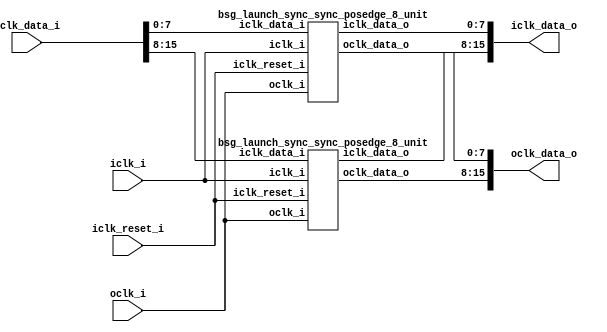
// This program was cloned from: https://github.com/chipsalliance/synlig
// License: Apache License 2.0

/* Generated by Yosys 0.27+9 (git sha1 101d19bb6, gcc 11.2.0-7ubuntu2 -fPIC -Os) */

(* top =  1  *)

module bsg_launch_sync_sync(iclk_i, iclk_reset_i, oclk_i, iclk_data_i, iclk_data_o, oclk_data_o);
  
  input [15:0] iclk_data_i;
  wire [15:0] iclk_data_i;
  
  output [15:0] iclk_data_o;
  wire [15:0] iclk_data_o;
  
  input iclk_i;
  wire iclk_i;
  
  input iclk_reset_i;
  wire iclk_reset_i;
  
  output [15:0] oclk_data_o;
  wire [15:0] oclk_data_o;
  
  input oclk_i;
  wire oclk_i;
  (* module_not_derived = 32'd1 *)
  
  bsg_launch_sync_sync_posedge_8_unit \sync.p.maxb[0].blss  (
    .iclk_data_i(iclk_data_i[7:0]),
    .iclk_data_o(iclk_data_o[7:0]),
    .iclk_i(iclk_i),
    .iclk_reset_i(iclk_reset_i),
    .oclk_data_o(oclk_data_o[7:0]),
    .oclk_i(oclk_i)
  );
  (* module_not_derived = 32'd1 *)
  
  bsg_launch_sync_sync_posedge_8_unit \sync.p.maxb[1].blss  (
    .iclk_data_i(iclk_data_i[15:8]),
    .iclk_data_o(iclk_data_o[15:8]),
    .iclk_i(iclk_i),
    .iclk_reset_i(iclk_reset_i),
    .oclk_data_o(oclk_data_o[15:8]),
    .oclk_i(oclk_i)
  );
endmodule


module bsg_launch_sync_sync_posedge_8_unit(iclk_i, iclk_reset_i, oclk_i, iclk_data_i, iclk_data_o, oclk_data_o);
  
  reg [7:0] bsg_SYNC_1_r;
  
  reg [7:0] bsg_SYNC_2_r;
  
  reg [7:0] bsg_SYNC_LNCH_r;
  
  input [7:0] iclk_data_i;
  wire [7:0] iclk_data_i;
  
  output [7:0] iclk_data_o;
  wire [7:0] iclk_data_o;
  
  input iclk_i;
  wire iclk_i;
  
  input iclk_reset_i;
  wire iclk_reset_i;
  
  output [7:0] oclk_data_o;
  wire [7:0] oclk_data_o;
  
  input oclk_i;
  wire oclk_i;
  (* \always_ff  = 32'd1 *)
  
  always @(posedge oclk_i)
    bsg_SYNC_2_r[4] <= bsg_SYNC_1_r[4];
  (* \always_ff  = 32'd1 *)
  
  always @(posedge oclk_i)
    bsg_SYNC_2_r[5] <= bsg_SYNC_1_r[5];
  (* \always_ff  = 32'd1 *)
  
  always @(posedge oclk_i)
    bsg_SYNC_2_r[6] <= bsg_SYNC_1_r[6];
  (* \always_ff  = 32'd1 *)
  
  always @(posedge oclk_i)
    bsg_SYNC_2_r[7] <= bsg_SYNC_1_r[7];
  (* \always_ff  = 32'd1 *)
  
  always @(posedge oclk_i)
    bsg_SYNC_1_r[0] <= bsg_SYNC_LNCH_r[0];
  (* \always_ff  = 32'd1 *)
  
  always @(posedge oclk_i)
    bsg_SYNC_1_r[1] <= bsg_SYNC_LNCH_r[1];
  (* \always_ff  = 32'd1 *)
  
  always @(posedge oclk_i)
    bsg_SYNC_1_r[2] <= bsg_SYNC_LNCH_r[2];
  (* \always_ff  = 32'd1 *)
  
  always @(posedge oclk_i)
    bsg_SYNC_1_r[3] <= bsg_SYNC_LNCH_r[3];
  (* \always_ff  = 32'd1 *)
  
  always @(posedge oclk_i)
    bsg_SYNC_1_r[4] <= bsg_SYNC_LNCH_r[4];
  (* \always_ff  = 32'd1 *)
  
  always @(posedge oclk_i)
    bsg_SYNC_1_r[5] <= bsg_SYNC_LNCH_r[5];
  (* \always_ff  = 32'd1 *)
  
  always @(posedge oclk_i)
    bsg_SYNC_1_r[6] <= bsg_SYNC_LNCH_r[6];
  (* \always_ff  = 32'd1 *)
  
  always @(posedge oclk_i)
    bsg_SYNC_1_r[7] <= bsg_SYNC_LNCH_r[7];
  (* \always_ff  = 32'd1 *)
  
  always @(posedge iclk_i)
    if (iclk_reset_i) bsg_SYNC_LNCH_r[0] <= 1'h0;
    else bsg_SYNC_LNCH_r[0] <= iclk_data_i[0];
  (* \always_ff  = 32'd1 *)
  
  always @(posedge iclk_i)
    if (iclk_reset_i) bsg_SYNC_LNCH_r[1] <= 1'h0;
    else bsg_SYNC_LNCH_r[1] <= iclk_data_i[1];
  (* \always_ff  = 32'd1 *)
  
  always @(posedge iclk_i)
    if (iclk_reset_i) bsg_SYNC_LNCH_r[2] <= 1'h0;
    else bsg_SYNC_LNCH_r[2] <= iclk_data_i[2];
  (* \always_ff  = 32'd1 *)
  
  always @(posedge iclk_i)
    if (iclk_reset_i) bsg_SYNC_LNCH_r[3] <= 1'h0;
    else bsg_SYNC_LNCH_r[3] <= iclk_data_i[3];
  (* \always_ff  = 32'd1 *)
  
  always @(posedge iclk_i)
    if (iclk_reset_i) bsg_SYNC_LNCH_r[4] <= 1'h0;
    else bsg_SYNC_LNCH_r[4] <= iclk_data_i[4];
  (* \always_ff  = 32'd1 *)
  
  always @(posedge iclk_i)
    if (iclk_reset_i) bsg_SYNC_LNCH_r[5] <= 1'h0;
    else bsg_SYNC_LNCH_r[5] <= iclk_data_i[5];
  (* \always_ff  = 32'd1 *)
  
  always @(posedge iclk_i)
    if (iclk_reset_i) bsg_SYNC_LNCH_r[6] <= 1'h0;
    else bsg_SYNC_LNCH_r[6] <= iclk_data_i[6];
  (* \always_ff  = 32'd1 *)
  
  always @(posedge iclk_i)
    if (iclk_reset_i) bsg_SYNC_LNCH_r[7] <= 1'h0;
    else bsg_SYNC_LNCH_r[7] <= iclk_data_i[7];
  (* \always_ff  = 32'd1 *)
  
  always @(posedge oclk_i)
    bsg_SYNC_2_r[0] <= bsg_SYNC_1_r[0];
  (* \always_ff  = 32'd1 *)
  
  always @(posedge oclk_i)
    bsg_SYNC_2_r[1] <= bsg_SYNC_1_r[1];
  (* \always_ff  = 32'd1 *)
  
  always @(posedge oclk_i)
    bsg_SYNC_2_r[2] <= bsg_SYNC_1_r[2];
  (* \always_ff  = 32'd1 *)
  
  always @(posedge oclk_i)
    bsg_SYNC_2_r[3] <= bsg_SYNC_1_r[3];
  assign iclk_data_o = bsg_SYNC_LNCH_r;
  assign oclk_data_o = bsg_SYNC_2_r;
endmodule